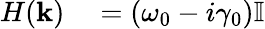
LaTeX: \begin{array}{rl}{H(\mathbf{k})}&{{}=(\omega_{0}-i\gamma_{0})\mathbb{I}}\end{array}